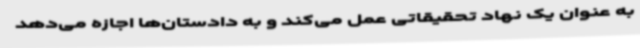
به عنوان یک نهاد تحقیقاتی عمل می‌کند و به دادستان‌ها اجازه می‌دهد